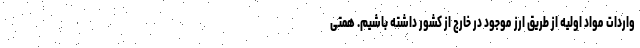
واردات مواد اولیه از طریق ارز موجود در خارج از کشور داشته باشیم. همتی